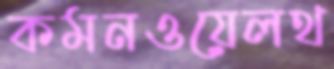
কমনওয়েলথ